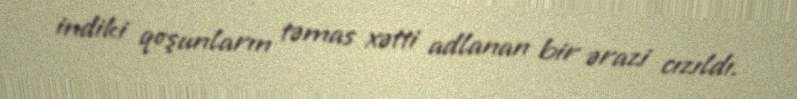
indiki qoşunların təmas xətti adlanan bir ərazi cızıldı.